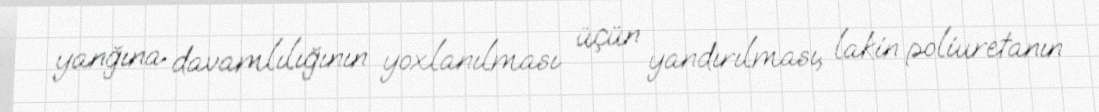
yanğına davamlılığının yoxlanılması üçün yandırılması, lakin poliuretanın